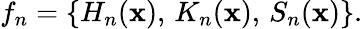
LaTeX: f_{n}=\{ H_{n}(\mathbf{x}),\, K_{n}(\mathbf{x}),\, S_{n}(\mathbf{x})\} .